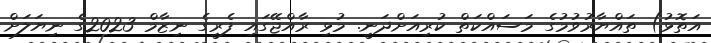
އަތޮޅު) ތައްޔާރުވުމުގެ މަސައްކަތް ކުރިއަށްދަނީ. މުޅި ރާއްޖޭގައި ފެރީގެ ނިޒާމް 2023ގެ ނިޔަލަށް